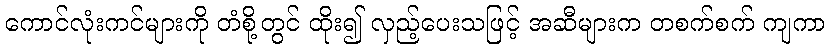
ကောင်လုံးကင်များကို တံစို့တွင် ထိုး၍ လှည့်ပေးသဖြင့် အဆီများက တစက်စက် ကျကာ